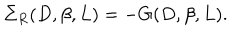
LaTeX: \Sigma _ { R } ( D , \beta , L ) = - G ( D , \beta , L ) .